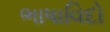
ભાષાવિદો